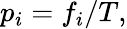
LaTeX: p_{i}=f_{i}/T,